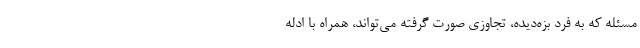
مسئله که به فرد بزه‌دیده، تجاوزی صورت گرفته می‌تواند، همراه با ادله